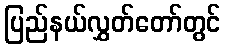
ပြည်နယ်လွှတ်တော်တွင်